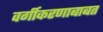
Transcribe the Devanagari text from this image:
वर्गीकरणाबाबत